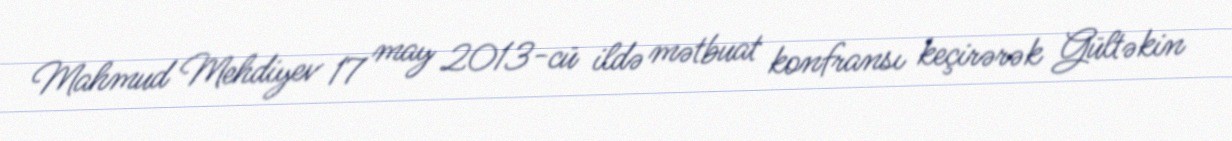
Mahmud Mehdiyev 17 may 2013-cü ildə mətbuat konfransı keçirərək Gültəkin